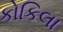
કોકિલા